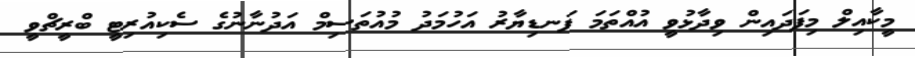
މީކާއިލް މިފަދައިން ވިދާޅުވީ އުއްތަމަ ފަނޑިޔާރު އަހުމަދު މުއުތަސިމް އަދުނާނުގެ ސެކިއުރިޓީ ބްރީޗްވީ